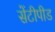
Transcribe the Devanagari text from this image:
सेंटीपीड